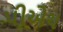
પીએચ